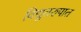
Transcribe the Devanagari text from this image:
विद्युतरुपात